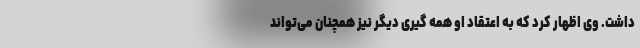
داشت. وی اظهار کرد که به اعتقاد او همه گیری دیگر نیز همچنان می‌تواند